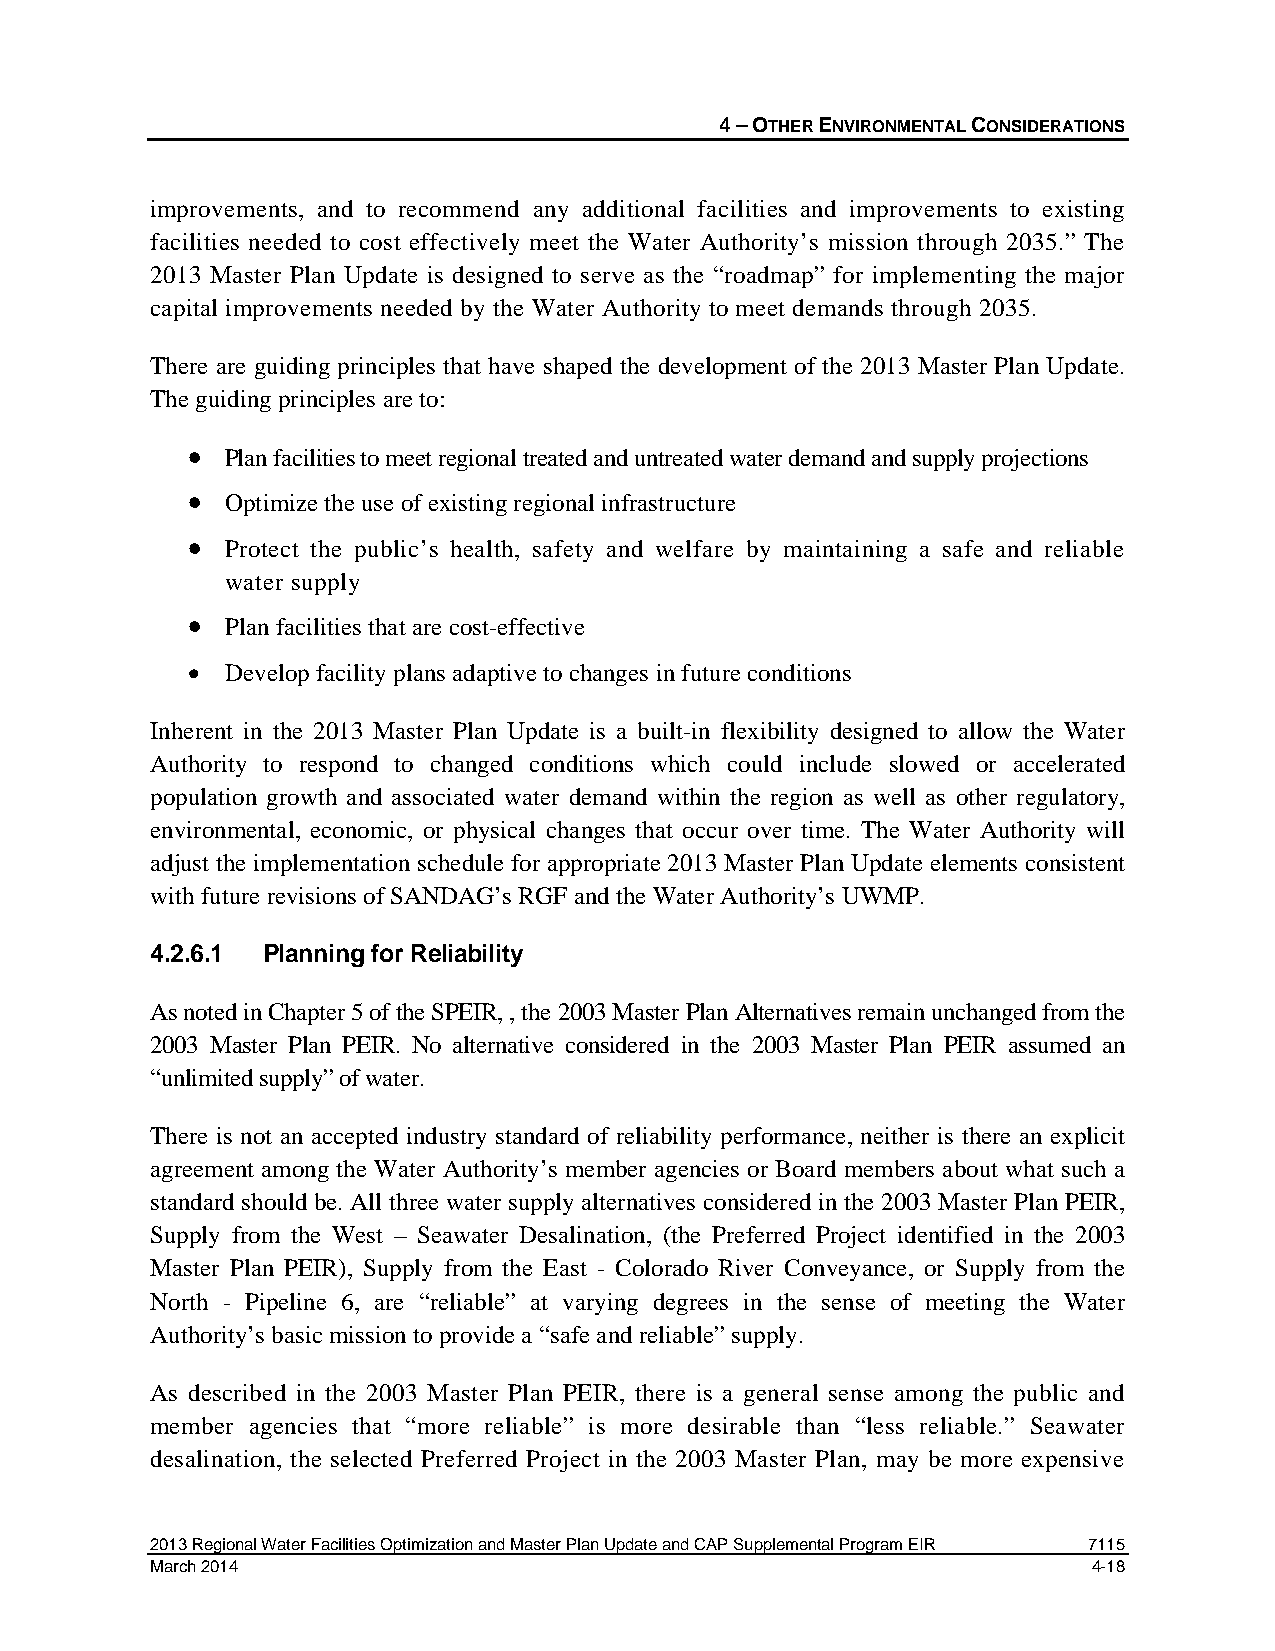
4 – OTHER ENVIRONMENTAL CONSIDERATIONS
 improvements, and to recommend any additional facilities and improvements to existing
 facilities needed to cost effectively meet the Water Authority’s mission through 2035.” The
 2013 Master Plan Update is designed to serve as the “roadmap” for implementing the major
 capital improvements needed by the Water Authority to meet demands through 2035.
 There are guiding principles that have shaped the development of the 2013 Master Plan Update.
 The guiding principles are to:
 •  Plan facilities to meet regional treated and untreated water demand and supply projections
 •  Optimize the use of existing regional infrastructure
 •  Protect the public’s health, safety and welfare by maintaining a safe and reliable
 water supply
 •  Plan facilities that are cost-effective
 •  Develop facility plans adaptive to changes in future conditions
 Inherent in the 2013 Master Plan Update is a built-in flexibility designed to allow the Water
 Authority to respond to changed conditions which could include slowed or accelerated
 population growth and associated water demand within the region as well as other regulatory,
 environmental, economic, or physical changes that occur over time. The Water Authority will
 adjust the implementation schedule for appropriate 2013 Master Plan Update elements consistent
 with future revisions of SANDAG’s RGF and the Water Authority’s UWMP.
 4.2.6.1 Planning for Reliability
 As noted in Chapter 5 of the SPEIR, , the 2003 Master Plan Alternatives remain unchanged from the
 2003 Master Plan PEIR. No alternative considered in the 2003 Master Plan PEIR assumed an
 “unlimited supply” of water.
 There is not an accepted industry standard of reliability performance, neither is there an explicit
 agreement among the Water Authority’s member agencies or Board members about what such a
 standard should be. All three water supply alternatives considered in the 2003 Master Plan PEIR,
 Supply from the West – Seawater Desalination, (the Preferred Project identified in the 2003
 Master Plan PEIR), Supply from the East - Colorado River Conveyance, or Supply from the
 North - Pipeline 6, are “reliable” at varying degrees in the sense of meeting the Water
 Authority’s basic mission to provide a “safe and reliable” supply.
 As described in the 2003 Master Plan PEIR, there is a general sense among the public and
 member agencies that “more reliable” is more desirable than “less reliable.” Seawater
 desalination, the selected Preferred Project in the 2003 Master Plan, may be more expensive
 2013 Regional Water Facilities Optimization and Master Plan Update and CAP Supplemental Program EIR 7115
 March 2014                                                    4-18